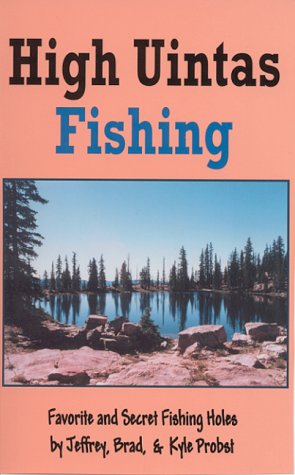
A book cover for High Uintas Fishing; Jeffrey Probst; Travel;